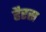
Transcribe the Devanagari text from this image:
हैरस